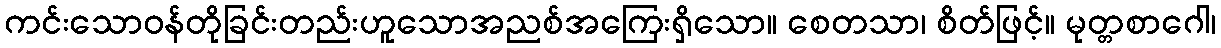
ကင်းသောဝန်တိုခြင်းတည်းဟူသောအညစ်အကြေးရှိသော။ စေတသာ၊ စိတ်ဖြင့်။ မုတ္တစာဂေါ၊